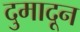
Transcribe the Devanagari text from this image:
दुमादून